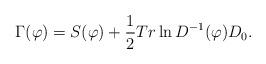
LaTeX: \begin{align*}\Gamma(\varphi)=S(\varphi)+\frac{1}{2}Tr\ln D^{-1}(\varphi)D_{0}.\end{align*}